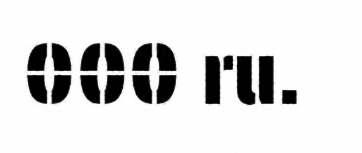
000 ru.